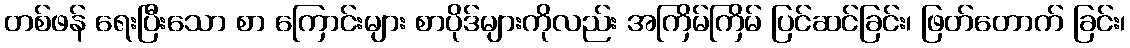
တစ်ဖန် ရေးပြီးသော စာ ကြောင်းများ စာပိုဒ်များကိုလည်း အကြိမ်ကြိမ် ပြင်ဆင်ခြင်း၊ ဖြတ်တောက် ခြင်း၊